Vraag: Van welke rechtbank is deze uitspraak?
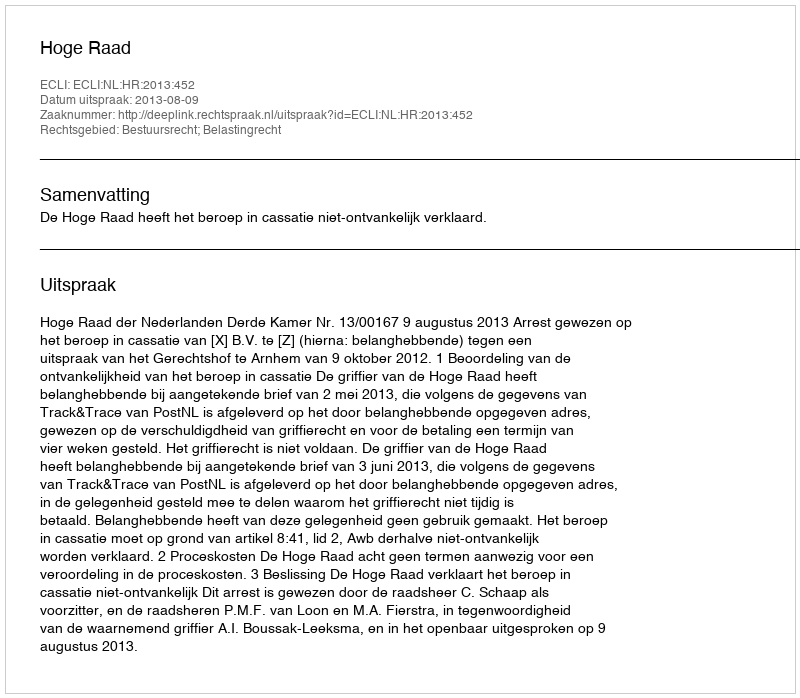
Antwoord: Hoge Raad